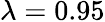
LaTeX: \lambda=0.95